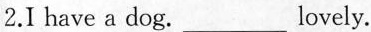
2.I have a dog. ___ lovely.